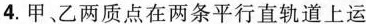
4.甲、乙两质点在两条平行直轨道上运